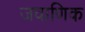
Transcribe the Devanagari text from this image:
जवाणिक